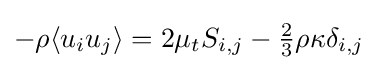
-\rho \langle u_{i}u_{j}\rangle =2\mu _{t}S_{i,j}-{\tfrac {2}{3}}\rho \kappa \delta _{i,j}